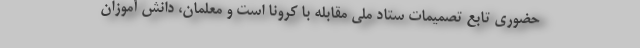
حضوری تابع تصمیمات ستاد ملی مقابله با کرونا است و معلمان، دانش آموزان